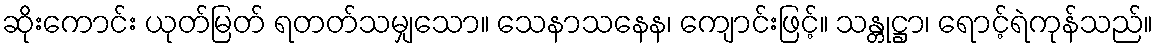
ဆိုးကောင်း ယုတ်မြတ် ရတတ်သမျှသော။ သေနာသနေန၊ ကျောင်းဖြင့်။ သန္တုဋ္ဌာ၊ ရောင့်ရဲကုန်သည်။